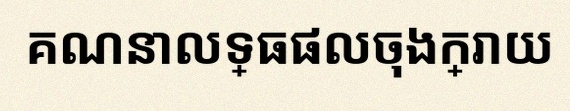
គណនាលទ្ធផលចុងក្រោយ